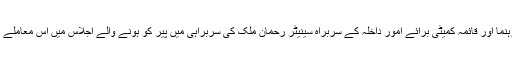
حزب مخالف کی جماعت پاکستان پیپلز پارٹی کے رہنما اور قائمہ کمیٹی برائے امور داخلہ کے سربراہ سینیٹر رحمان ملک کی سربراہی میں پیر کو ہونے والے اجلاس میں اس معاملے پر سامنے آنے والی اطلاعات پر بات چیت کی گئی۔